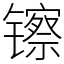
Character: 镲